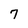
Character: 7